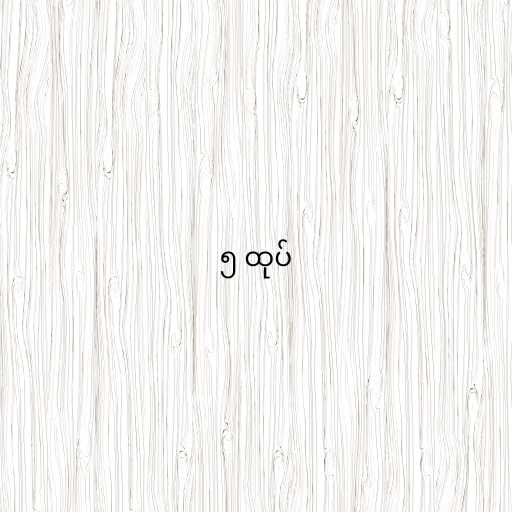
၅ ထုပ်